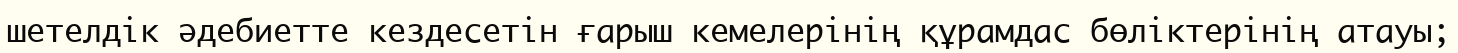
шетелдік әдебиетте кездесетін ғарыш кемелерінің құрамдас бөліктерінің атауы;